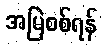
အမြဲစစ်ရန်